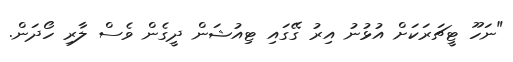
"ނަހޫ ޓީޗަރަކަށް އުޅުނު އިރު ގޭގައި ޓިއުޝަން ދީގެން ވެސް ލާރި ހޯދަން.